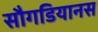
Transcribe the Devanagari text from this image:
सौगडियानस